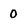
Character: 0